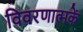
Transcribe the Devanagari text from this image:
विवरणात्मकें